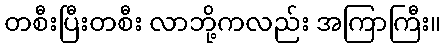
တစီးပြီးတစီး လာဘို့ကလည်း အကြာကြီး။